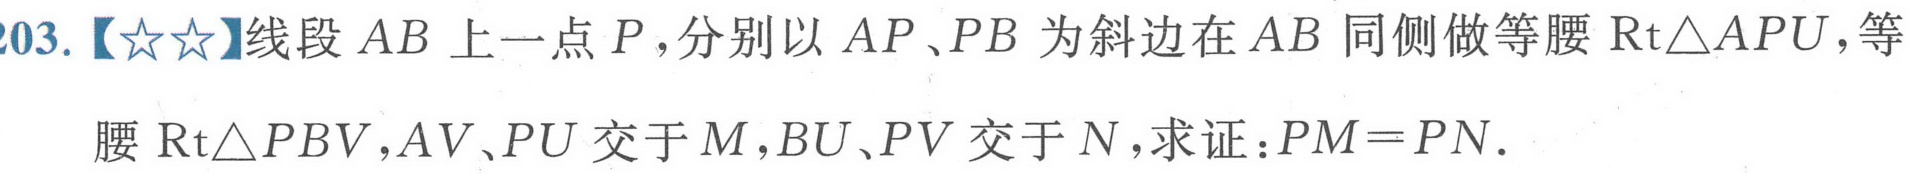
203.【★★】线段$AB$上一点$P$，分别以$AP、PB$为斜边在$AB$同侧做等腰$\text{Rt}\triangle APU$，等腰$\text{Rt}\triangle PBV$，$AV、PU$交于$M$，$BU、PV$交于$N$，求证：$PM = PN$.